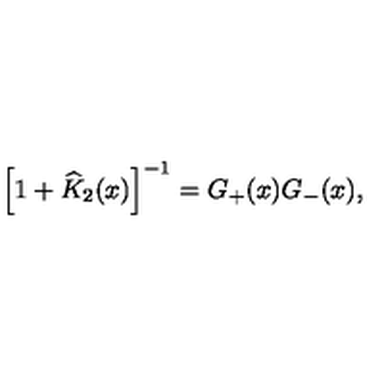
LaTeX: \left[ 1 + \widehat { K } _ { 2 } ( x ) \right] ^ { - 1 } = G _ { + } ( x ) G _ { - } ( x ) ,